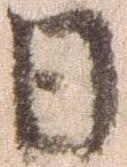
日